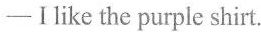
-Ilike the purple shirt.